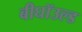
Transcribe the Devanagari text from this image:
बीघॉउल्ड